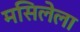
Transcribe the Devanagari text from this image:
मसिलेला